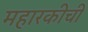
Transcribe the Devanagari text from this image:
महारकीची